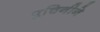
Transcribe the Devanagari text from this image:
पुचिनीने